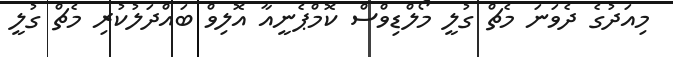
މިއަދުގެ ދެވަނަ މެޗް ގުލީ މޯލްޑިވްސް ކޮމްޕެނީއާ އޮލިވް ބައްދަލުކުރި މެޗް ގުލީ